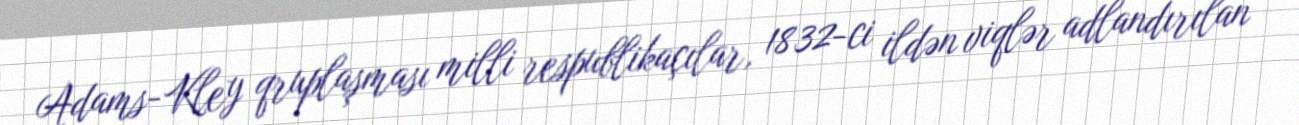
Adams-Kley qruplaşması milli respublikaçılar, 1832-ci ildən viqlər adlandırılan